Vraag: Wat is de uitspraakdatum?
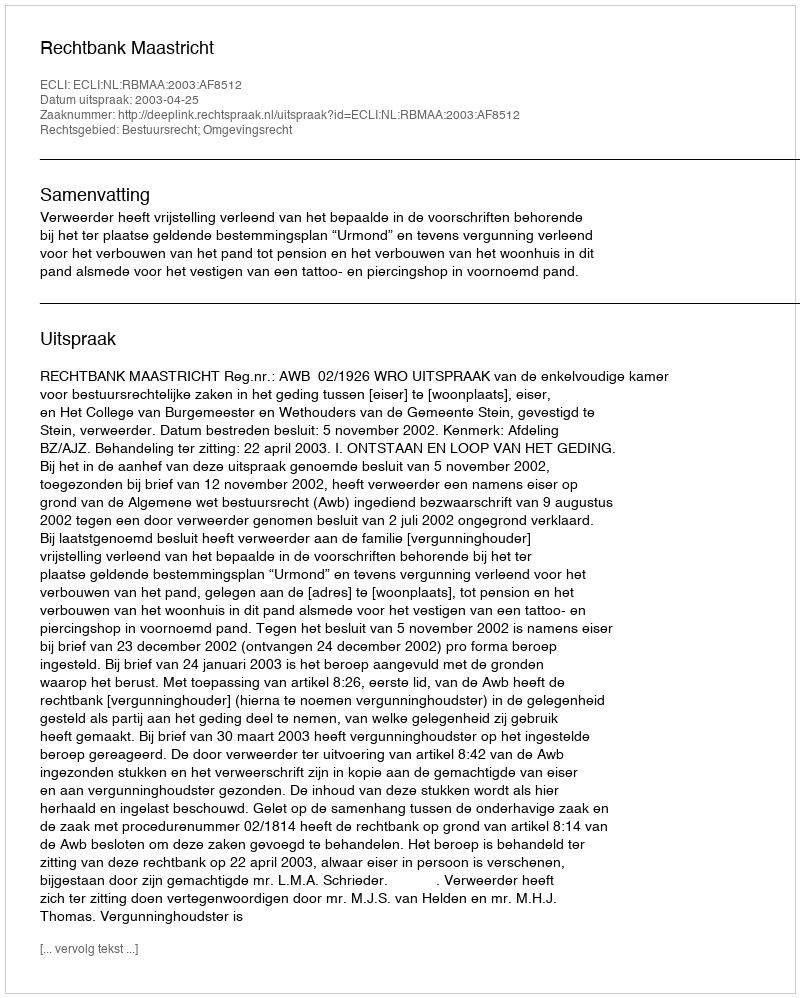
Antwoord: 2003-04-25